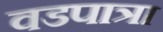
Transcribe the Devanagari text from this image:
वडपात्रा